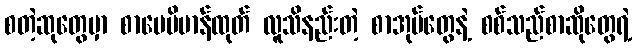
စတဲ့ဆုတွေမှာ စာပေဗိမာန်ထုတ် လူသိနည်းတဲ့ စာအုပ်တွေနဲ့ စစ်သည်စာဆိုတွေရဲ့